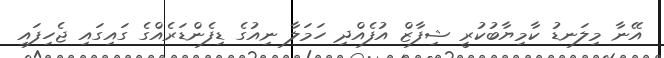
އޭނާ މިލަނޑު ކާމިޔާބުކުރީ ޝިފާޒް އުފެއްދި ހަމަލާ ނިއުގެ ޑިފެންޑަރެއްގެ ގައިގައި ޖެހިފައި